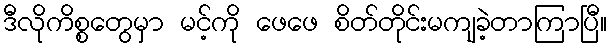
ဒီလိုကိစ္စတွေမှာ မင့်ကို ဖေဖေ စိတ်တိုင်းမကျခဲ့တာကြာပြီ။